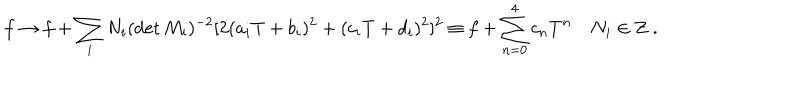
LaTeX: f \rightarrow f + \sum _ { i } N _ { i } ( \det M _ { i } ) ^ { - 2 } [ 2 ( a _ { i } T + b _ { i } ) ^ { 2 } + ( c _ { i } T + d _ { i } ) ^ { 2 } ] ^ { 2 } \equiv f + \sum _ { n = 0 } ^ { 4 } c _ { n } T ^ { n } \quad N _ { i } \in { \bf Z } \ .